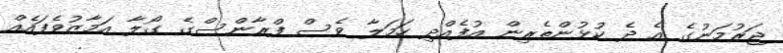
ޖަރުމަނުގެ އެ ދެ ކުޅުންތެރިން އުފެއްދި ހަމަލާ ވެސް ފްރާންސްގެ ގޯލާ އަމާޒުވެފައެއް